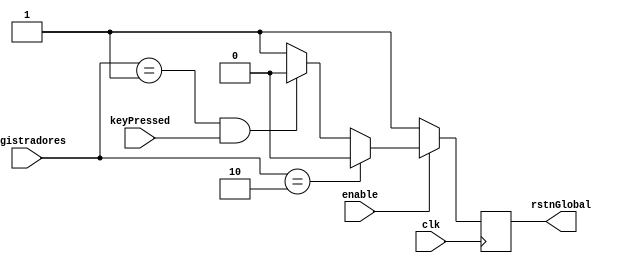
module FimJogo(
	input wire clk, enable,
	input wire keyPressed,
	input wire [1:0] registradores, // 01: ganhou, 10: perdeu
	output reg rstnGlobal
);

	always@ (posedge clk) begin
	
		if(enable) begin
		
			if(registradores == 2'b10) 
				rstnGlobal <= 1'b0;
			else if(registradores == 2'b01 && keyPressed)
				rstnGlobal <= 1'b0;
			else
				rstnGlobal <= 1'b1;
			
		end
		else
			rstnGlobal <= 1'b1;
	end

endmodule